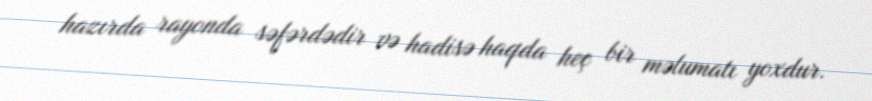
hazırda rayonda səfərdədir və hadisə haqda heç bir məlumatı yoxdur.